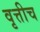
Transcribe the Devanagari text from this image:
वृत्तीच